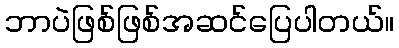
ဘာပဲဖြစ်ဖြစ်အဆင်ပြေပါတယ်။